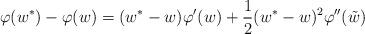
LaTeX: \begin{align*}\varphi(w^*)-\varphi(w)=(w^*-w)\varphi'(w)+\frac{1}{2}(w^*-w)^2\varphi''(\tilde{w})\end{align*}